Materia medica of Madras volume I
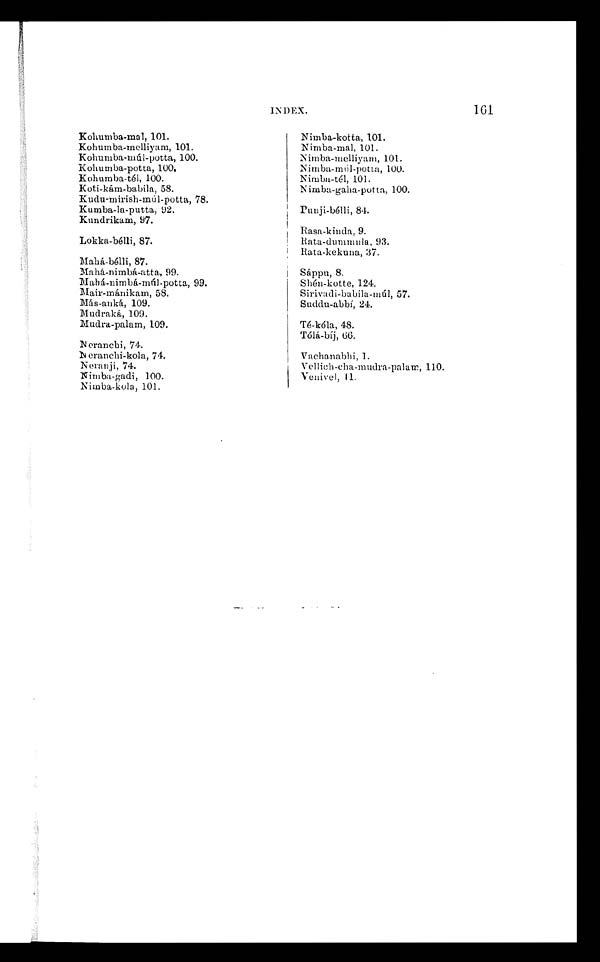
INDEX.
161
Kohumba-mal, 1 01.
Kohumba-melliyam, 101.
Kohumba-múl-potta, 100.
Kohumba-potta, 100.
Kohumba-tél, 100.
Koti-kám-babila, 58.
Kudu-mirish-múl-potta, 78.
Kumba-la-putta, 92.
Kundrikam, 97.
Lokka-bélli, 87.
Mahá-bélli, 87.
Mahá-nimbá-atta, 99.
Mahá-nimbá-múl-potta, 99.
Mair-mánikam, 58.
Más-anká, 109.
Mudraká, 109.
Mudra-palam, 109.
Neranchi, 74.
Neranchi-kola, 74.
Neranji, 74.
Nimba-gadi, 100.
Nimba-kola, 101.
Nimba-kotta, 101.
Nimba-mal, 101.
Nimba-melliyam, 101.
Nimba-múl-potta, 100.
Nimba-tél, 101.
Nimba-gaha-potta, 100.
Punji-bélli, 84.
Rasa-kinda, 9.
Rata-dummula, 93.
Rata-kekuna, 37.
Sáppu, 8.
Shén-kotte, 124.
Sirivadi-babila-múl, 57.
Suddu-abbí, 24.
Tè-kóla, 48.
Tólá-bíj, 66.
Vachanabhi
,1.
Vellich-cha-mudra-palam, 110.
Venivel, 11.